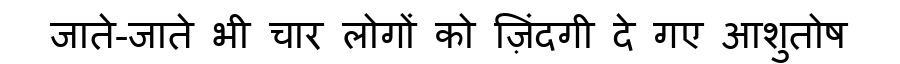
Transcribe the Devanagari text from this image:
जाते-जाते भी चार लोगों को ज़िंदगी दे गए आशुतोष